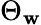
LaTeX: \Theta_{\mathbf{w}}